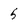
Character: 5